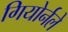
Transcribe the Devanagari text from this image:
गियोर्नले